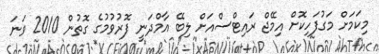
މިކަމަށް މަގުފަހިކޮށް އިމޭޖް ރައިޓްސްއަށް ލިބޭ އާމްދަނީ ފޮރުވުމުގެ ގޮތުން 2010 ވަނަ